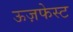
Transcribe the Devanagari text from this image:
ऊज़फेस्ट